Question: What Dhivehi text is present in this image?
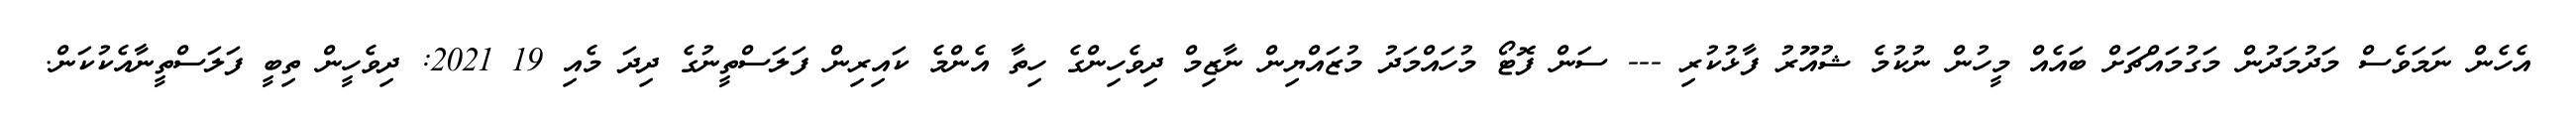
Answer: އެހެން ނަމަވެސް މަދުމަދުން މަގުމައްޗަށް ބައެއް މީހުން ނުކުމެ ޝުއޫރު ފާޅުކުރި --- ސަން ފޮޓޯ މުހައްމަދު މުޒައްޔިން ނާޒިމް ދިވެހިންގެ ހިތާ އެންމެ ކައިރިން ފަލަސްތީނުގެ ދިދަ މެއި 19 2021: ދިވެހީން ތިބީ ފަލަސްތީނާއެކުކަން.